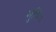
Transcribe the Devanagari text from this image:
भुविः।